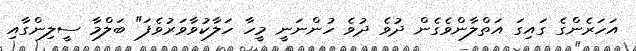
އަހަރެންގެ ގައިގަ އަތްލާންވެގެން ދުވެ ދުވެ ހުންނަނީ މީހާ ހަލާކުވާވަރުވެފަ" ބަލްމާ ސީލިންގާއި